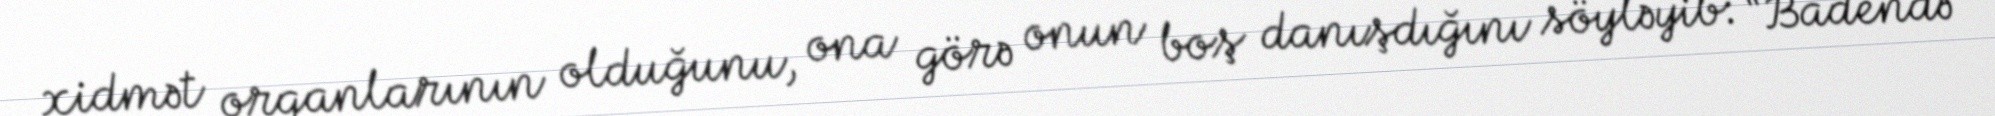
xidmət orqanlarının olduğunu, ona görə onun boş danışdığını söyləyib: “Badendə